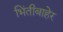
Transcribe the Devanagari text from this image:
भिंतीबाहेर